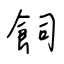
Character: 飼